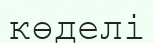
көделі